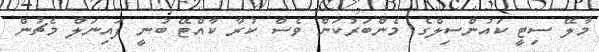
މާލޭ ސިޓީ ކައުންސިލްގެ މެންބަރުކަން ވެސް ކުރާ ކާއްޓޭ ބުނީ ފައިނަލް މެޗުން